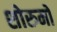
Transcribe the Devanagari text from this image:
शोरुमों